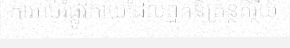
ការអប់រំផ្លូវកាយដែលពួកនិគ្រន្ថតិរ្ថីយ៍